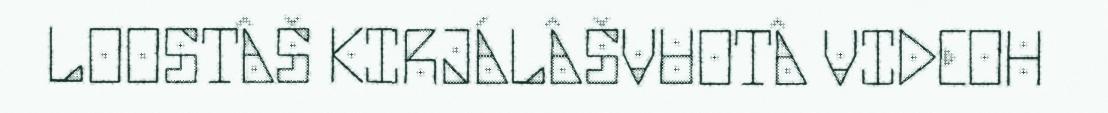
LOOSTÂŠ KIRJÁLÂŠVUOTÂ VIDEOH